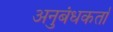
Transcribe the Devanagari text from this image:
अनुबंधकर्ता